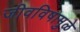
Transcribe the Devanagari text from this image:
जीवविषामुळे